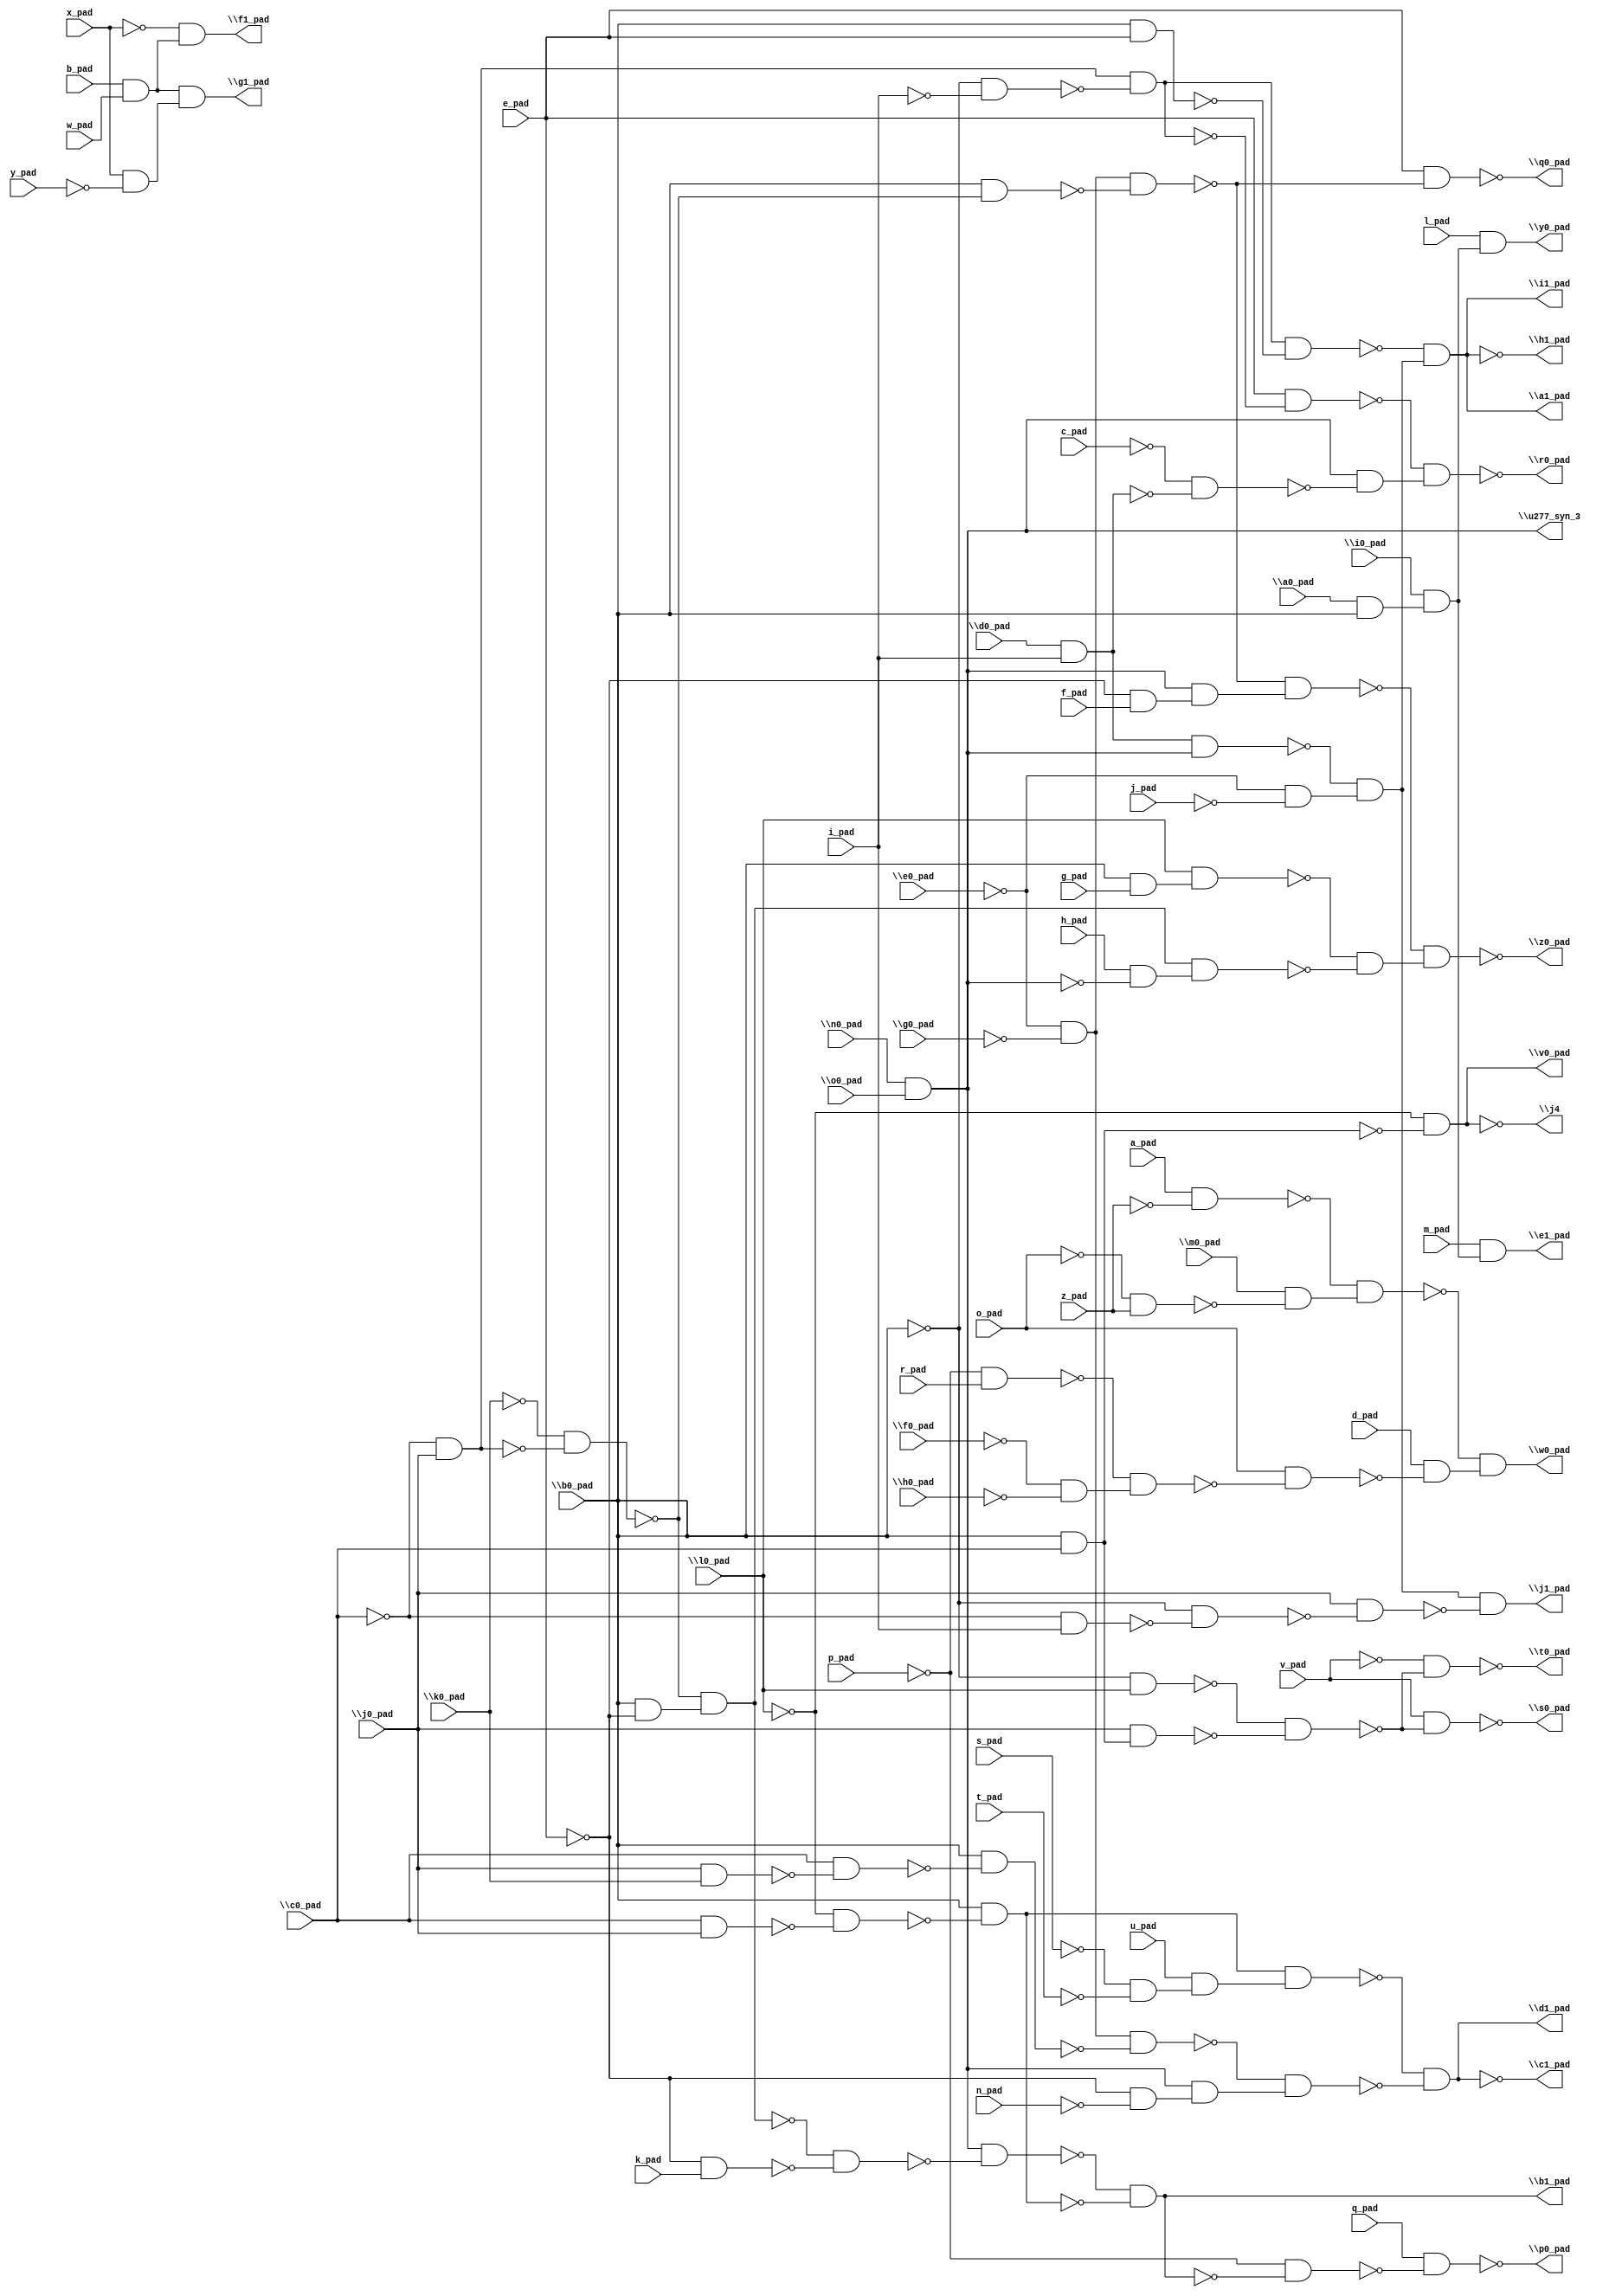
module top( \a0_pad  , a_pad , \b0_pad  , b_pad , \c0_pad  , c_pad , \d0_pad  , d_pad , \e0_pad  , e_pad , \f0_pad  , f_pad , \g0_pad  , g_pad , \h0_pad  , h_pad , \i0_pad  , i_pad , \j0_pad  , j_pad , \k0_pad  , k_pad , \l0_pad  , l_pad , \m0_pad  , m_pad , \n0_pad  , n_pad , \o0_pad  , o_pad , p_pad , q_pad , r_pad , s_pad , t_pad , u_pad , v_pad , w_pad , x_pad , y_pad , z_pad , \a1_pad  , \b1_pad  , \c1_pad  , \d1_pad  , \e1_pad  , \f1_pad  , \g1_pad  , \h1_pad  , \i1_pad  , \j1_pad  , \j4  , \p0_pad  , \q0_pad  , \r0_pad  , \s0_pad  , \t0_pad  , \u277_syn_3  , \v0_pad  , \w0_pad  , \y0_pad  , \z0_pad  );
  input \a0_pad  ;
  input a_pad ;
  input \b0_pad  ;
  input b_pad ;
  input \c0_pad  ;
  input c_pad ;
  input \d0_pad  ;
  input d_pad ;
  input \e0_pad  ;
  input e_pad ;
  input \f0_pad  ;
  input f_pad ;
  input \g0_pad  ;
  input g_pad ;
  input \h0_pad  ;
  input h_pad ;
  input \i0_pad  ;
  input i_pad ;
  input \j0_pad  ;
  input j_pad ;
  input \k0_pad  ;
  input k_pad ;
  input \l0_pad  ;
  input l_pad ;
  input \m0_pad  ;
  input m_pad ;
  input \n0_pad  ;
  input n_pad ;
  input \o0_pad  ;
  input o_pad ;
  input p_pad ;
  input q_pad ;
  input r_pad ;
  input s_pad ;
  input t_pad ;
  input u_pad ;
  input v_pad ;
  input w_pad ;
  input x_pad ;
  input y_pad ;
  input z_pad ;
  output \a1_pad  ;
  output \b1_pad  ;
  output \c1_pad  ;
  output \d1_pad  ;
  output \e1_pad  ;
  output \f1_pad  ;
  output \g1_pad  ;
  output \h1_pad  ;
  output \i1_pad  ;
  output \j1_pad  ;
  output \j4  ;
  output \p0_pad  ;
  output \q0_pad  ;
  output \r0_pad  ;
  output \s0_pad  ;
  output \t0_pad  ;
  output \u277_syn_3  ;
  output \v0_pad  ;
  output \w0_pad  ;
  output \y0_pad  ;
  output \z0_pad  ;
  wire n42 , n43 , n44 , n45 , n46 , n47 , n48 , n49 , n50 , n51 , n52 , n53 , n54 , n55 , n56 , n57 , n58 , n59 , n60 , n61 , n62 , n63 , n64 , n65 , n66 , n67 , n68 , n69 , n70 , n71 , n72 , n73 , n74 , n75 , n76 , n77 , n78 , n79 , n80 , n81 , n82 , n83 , n84 , n85 , n86 , n87 , n88 , n89 , n90 , n91 , n92 , n93 , n94 , n95 , n96 , n97 , n98 , n99 , n100 , n101 , n102 , n103 , n104 , n105 , n106 , n107 , n108 , n109 , n110 , n111 , n112 , n113 , n114 , n115 , n116 , n117 , n118 , n119 , n120 , n121 ;
  assign n42 = ~\c0_pad  & \j0_pad  ;
  assign n43 = ~\b0_pad  & ~i_pad ;
  assign n44 = n42 & ~n43 ;
  assign n45 = \b0_pad  & e_pad ;
  assign n46 = n44 & ~n45 ;
  assign n47 = \d0_pad  & i_pad ;
  assign n48 = \n0_pad  & \o0_pad  ;
  assign n49 = n47 & n48 ;
  assign n50 = ~\e0_pad  & ~j_pad ;
  assign n51 = ~n49 & n50 ;
  assign n52 = ~n46 & n51 ;
  assign n53 = ~\k0_pad  & ~n42 ;
  assign n54 = \b0_pad  & ~e_pad ;
  assign n55 = ~n53 & n54 ;
  assign n56 = ~e_pad & k_pad ;
  assign n57 = ~n55 & ~n56 ;
  assign n58 = n48 & ~n57 ;
  assign n59 = \c0_pad  & \j0_pad  ;
  assign n60 = ~\l0_pad  & ~n59 ;
  assign n61 = \b0_pad  & ~n60 ;
  assign n62 = ~n58 & ~n61 ;
  assign n63 = ~s_pad & ~t_pad ;
  assign n64 = u_pad & n63 ;
  assign n65 = n61 & n64 ;
  assign n66 = ~\e0_pad  & ~\g0_pad  ;
  assign n67 = \j0_pad  & \k0_pad  ;
  assign n68 = \c0_pad  & ~n67 ;
  assign n69 = \b0_pad  & ~n68 ;
  assign n70 = n66 & ~n69 ;
  assign n71 = ~e_pad & ~n_pad ;
  assign n72 = n48 & n71 ;
  assign n73 = ~n70 & n72 ;
  assign n74 = ~n65 & ~n73 ;
  assign n75 = \a0_pad  & \b0_pad  ;
  assign n76 = \i0_pad  & n75 ;
  assign n77 = m_pad & n76 ;
  assign n78 = b_pad & w_pad ;
  assign n79 = ~x_pad & n78 ;
  assign n80 = x_pad & ~y_pad ;
  assign n81 = n78 & n80 ;
  assign n82 = ~\c0_pad  & i_pad ;
  assign n83 = ~\b0_pad  & ~n82 ;
  assign n84 = \j0_pad  & ~n83 ;
  assign n85 = n51 & ~n84 ;
  assign n86 = \b0_pad  & \c0_pad  ;
  assign n87 = ~\l0_pad  & ~n86 ;
  assign n88 = ~p_pad & ~n62 ;
  assign n89 = q_pad & ~n88 ;
  assign n90 = \b0_pad  & ~n53 ;
  assign n91 = n66 & ~n90 ;
  assign n92 = e_pad & ~n91 ;
  assign n94 = e_pad & ~n44 ;
  assign n93 = ~c_pad & ~n47 ;
  assign n95 = n48 & ~n93 ;
  assign n96 = ~n94 & n95 ;
  assign n97 = ~\b0_pad  & \l0_pad  ;
  assign n98 = \j0_pad  & n86 ;
  assign n99 = ~n97 & ~n98 ;
  assign n100 = v_pad & ~n99 ;
  assign n101 = ~v_pad & ~n99 ;
  assign n107 = a_pad & ~z_pad ;
  assign n106 = ~o_pad & z_pad ;
  assign n108 = \m0_pad  & ~n106 ;
  assign n109 = ~n107 & n108 ;
  assign n102 = ~p_pad & r_pad ;
  assign n103 = ~\f0_pad  & ~\h0_pad  ;
  assign n104 = ~n102 & n103 ;
  assign n105 = o_pad & ~n104 ;
  assign n110 = d_pad & ~n105 ;
  assign n111 = ~n109 & n110 ;
  assign n112 = l_pad & n76 ;
  assign n117 = ~e_pad & f_pad ;
  assign n118 = n48 & n117 ;
  assign n119 = ~n91 & n118 ;
  assign n113 = \b0_pad  & g_pad ;
  assign n114 = \l0_pad  & n113 ;
  assign n115 = h_pad & ~n48 ;
  assign n116 = n55 & n115 ;
  assign n120 = ~n114 & ~n116 ;
  assign n121 = ~n119 & n120 ;
  assign \a1_pad  = n52 ;
  assign \b1_pad  = n62 ;
  assign \c1_pad  = ~n74 ;
  assign \d1_pad  = n74 ;
  assign \e1_pad  = n77 ;
  assign \f1_pad  = n79 ;
  assign \g1_pad  = n81 ;
  assign \h1_pad  = ~n52 ;
  assign \i1_pad  = n52 ;
  assign \j1_pad  = n85 ;
  assign \j4  = ~n87 ;
  assign \p0_pad  = ~n89 ;
  assign \q0_pad  = ~n92 ;
  assign \r0_pad  = ~n96 ;
  assign \s0_pad  = ~n100 ;
  assign \t0_pad  = ~n101 ;
  assign \u277_syn_3  = n48 ;
  assign \v0_pad  = n87 ;
  assign \w0_pad  = n111 ;
  assign \y0_pad  = n112 ;
  assign \z0_pad  = ~n121 ;
endmodule